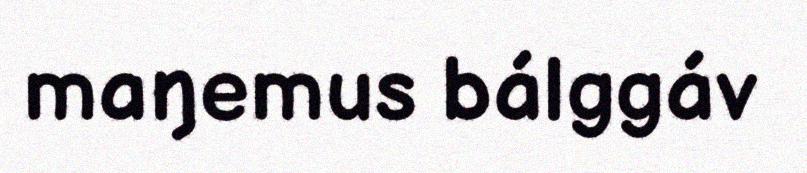
maŋemus bálggáv